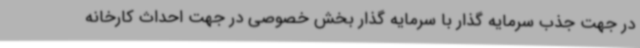
در جهت جذب سرمایه گذار با سرمایه گذار بخش خصوصی در جهت احداث کارخانه